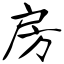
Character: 房